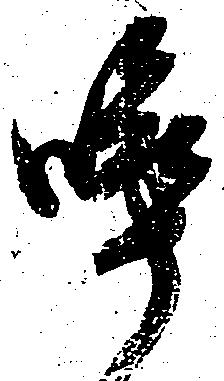
啐